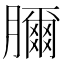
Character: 𦢈